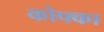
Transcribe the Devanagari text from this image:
कोफ्का